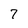
Character: 7